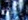
لست